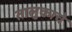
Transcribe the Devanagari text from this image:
तालुकाचे